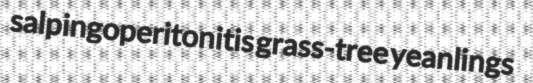
salpingoperitonitis grass-tree yeanlings